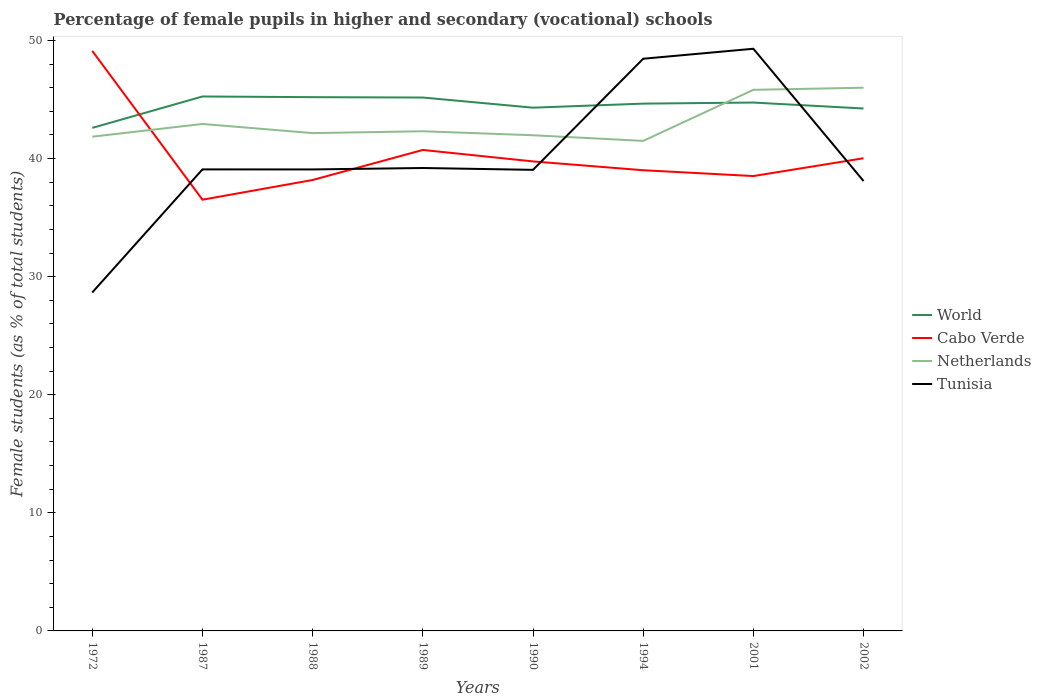
| Years | World | Cabo Verde | Netherlands | Tunisia |
 | --- | --- | --- | --- | --- |
 | 1972 | 42.6 | 49.1 | 41.9 | 28.7 |
 | 1987 | 45.3 | 36.5 | 42.9 | 39.1 |
 | 1988 | 45.2 | 38.2 | 42.2 | 39.1 |
 | 1989 | 45.2 | 40.7 | 42.3 | 39.2 |
 | 1990 | 44.3 | 39.8 | 42 | 39 |
 | 1994 | 44.7 | 39 | 41.5 | 48.5 |
 | 2001 | 44.7 | 38.5 | 45.8 | 49.3 |
 | 2002 | 44.2 | 40 | 46 | 38.1 |